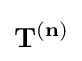
\mathbf {T} ^{(\mathbf {n} )}\,\!